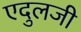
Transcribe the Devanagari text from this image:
एदुलजी